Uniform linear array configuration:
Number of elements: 32
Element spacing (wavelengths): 1
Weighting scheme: hamming
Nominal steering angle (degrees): -30
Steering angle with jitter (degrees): -28.207
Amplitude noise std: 0.05
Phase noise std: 0.05

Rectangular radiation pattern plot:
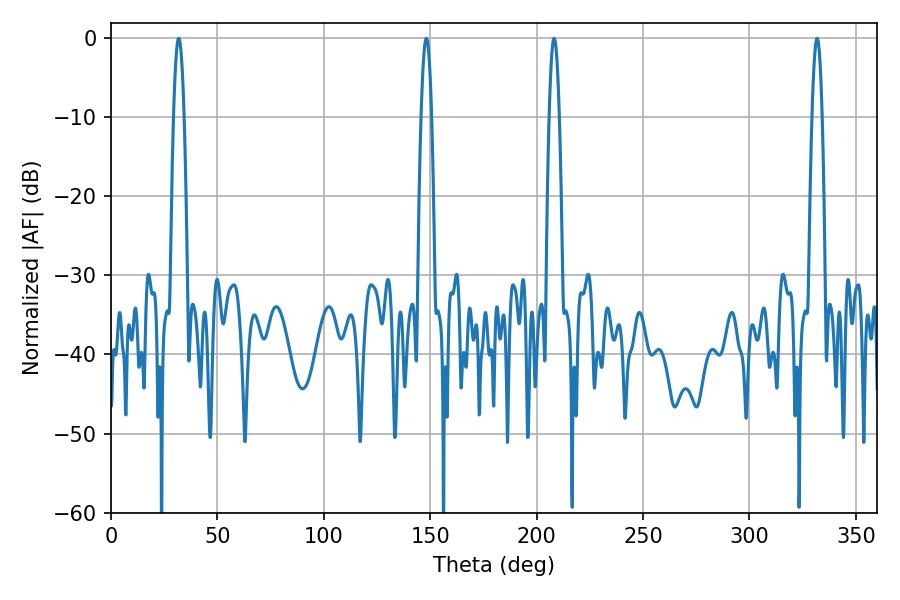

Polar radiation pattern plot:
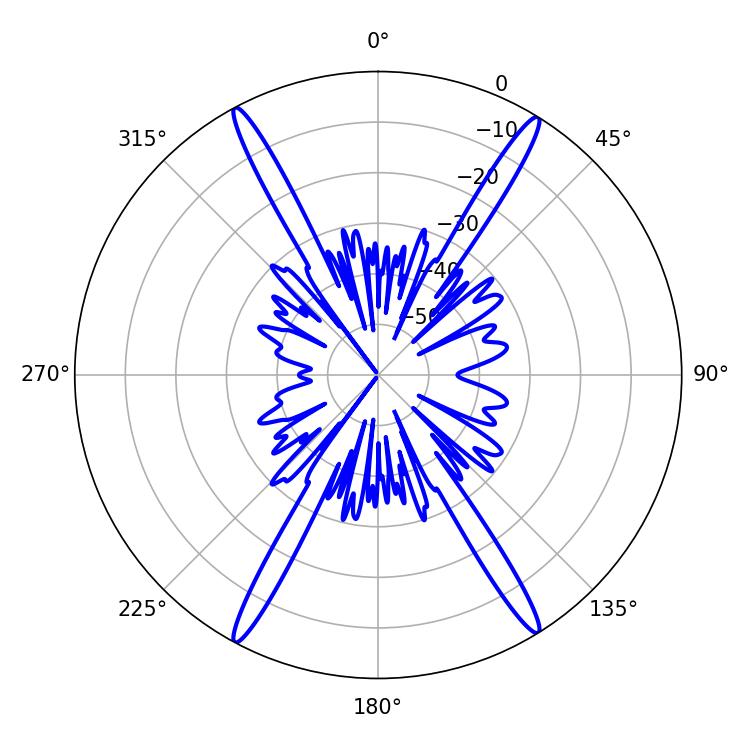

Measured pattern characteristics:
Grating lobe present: TRUE
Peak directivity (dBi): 24.247
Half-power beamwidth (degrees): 2.7
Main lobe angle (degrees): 31.86